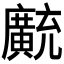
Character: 𫸊